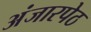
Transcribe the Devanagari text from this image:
अंजारपेठ